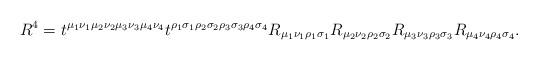
LaTeX: \begin{align*}R^4 = t^{\mu_1\nu_1\mu_2\nu_2\mu_3\nu_3 \mu_4\nu_4}t^{\rho_1\sigma_1\rho_2\sigma_2\rho_3\sigma_3\rho_4\sigma_4}R_{\mu_1\nu_1\rho_1\sigma_1}R_{\mu_2\nu_2\rho_2\sigma_2}R_{\mu_3\nu_3\rho_3\sigma_3}R_{\mu_4\nu_4\rho_4\sigma_4}.\end{align*}